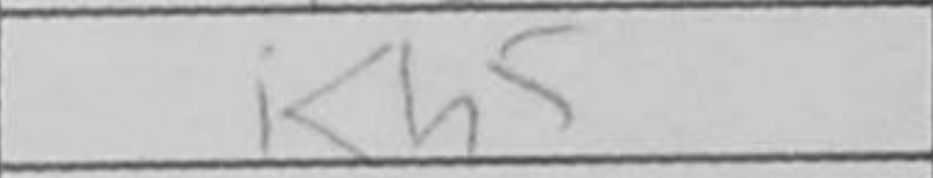
Transcription: Kh5